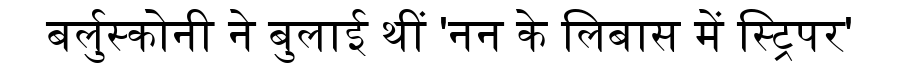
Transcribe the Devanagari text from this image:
बर्लुस्कोनी ने बुलाई थीं 'नन के लिबास में स्ट्रिपर'